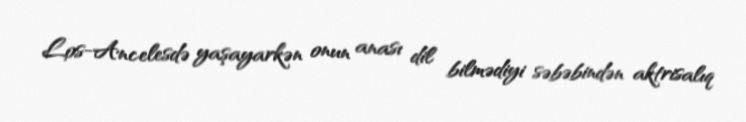
Los-Ancelesdə yaşayarkən onun anası dil bilmədiyi səbəbindən aktrisalıq